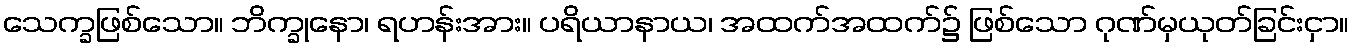
သေက္ခဖြစ်သော။ ဘိက္ခုနော၊ ရဟန်းအား။ ပရိယာနာယ၊ အထက်အထက်၌ ဖြစ်သော ဂုဏ်မှယုတ်ခြင်းငှာ။